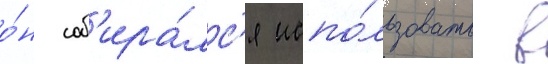
о́н соб'ира́лс'я испо́льзовать в